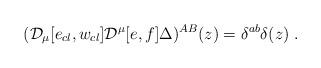
LaTeX: \begin{align*}({\cal D}_\mu [e_{cl}, w_{cl}] {\cal D}^\mu [e,f] \Delta)^{AB} (z) =\delta^{ab} \delta (z)\; .\end{align*}